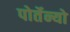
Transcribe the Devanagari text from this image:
पोर्तेन्यो